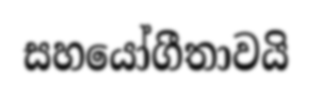
සහයෝගීතාවයි